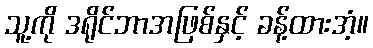
သူ့ကို ဒရိုင်ဘာအဖြစ်နှင့် ခန့်ထားအံ့။